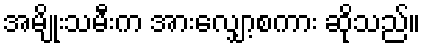
အမျိုးသမီးက အားလျှော့စကား ဆိုသည်။